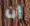
إن